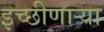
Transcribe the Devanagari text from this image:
इच्छीणाऱ्या